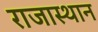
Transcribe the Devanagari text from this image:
राजास्थान